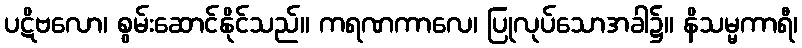
ပဋိဗလော၊ စွမ်းဆောင်နိုင်သည်။ ကရဏကာလေ၊ ပြုလုပ်သောအခါ၌။ နိသမ္မကာရီ၊